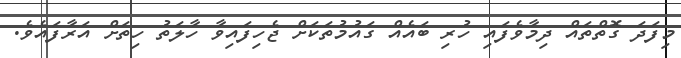
މިފަދަ ގޮތްތައް ދިމާވެފައި ހުރި ބައެއް ގައުމުތަކަށް ޖެހިފައިވާ ހާލަތު ހިތަށް އަރާފައެވެ.